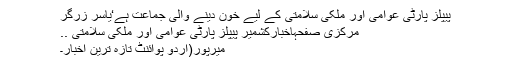
پیپلز پارٹی عوامی اور ملکی سلامتی کے لیے خون دینے والی جماعت ہے‘یاسر زرگر
مرکزی صفحہاخبارکشمیر پیپلز پارٹی عوامی اور ملکی سلامتی ..
میرپور(اُردو پوائنٹ تازہ ترین اخبار۔